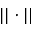
| | \cdot | |